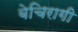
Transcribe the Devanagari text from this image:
बेचिरागी